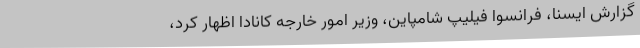
گزارش ایسنا، فرانسوا فیلیپ شامپاین، وزیر امور خارجه کانادا اظهار کرد،